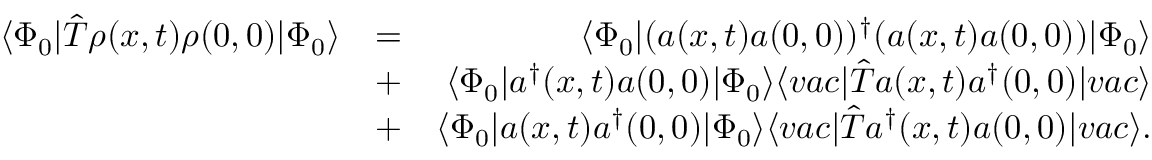
\begin{array} { r l r } { \langle \Phi _ { 0 } \vert \hat { T } \rho ( x , t ) \rho ( 0 , 0 ) \vert \Phi _ { 0 } \rangle } & { = } & { \langle \Phi _ { 0 } \vert ( a ( x , t ) a ( 0 , 0 ) ) ^ { \dagger } ( a ( x , t ) a ( 0 , 0 ) ) \vert \Phi _ { 0 } \rangle } \\ & { + } & { \langle \Phi _ { 0 } \vert a ^ { \dagger } ( x , t ) a ( 0 , 0 ) \vert \Phi _ { 0 } \rangle \langle v a c \vert \hat { T } a ( x , t ) a ^ { \dagger } ( 0 , 0 ) \vert v a c \rangle } \\ & { + } & { \langle \Phi _ { 0 } \vert a ( x , t ) a ^ { \dagger } ( 0 , 0 ) \vert \Phi _ { 0 } \rangle \langle v a c \vert \hat { T } a ^ { \dagger } ( x , t ) a ( 0 , 0 ) \vert v a c \rangle . } \end{array}